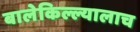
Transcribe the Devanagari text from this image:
बालेकिल्ल्यालाच